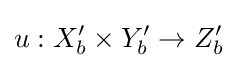
u:X'_{b}\times Y'_{b}\to Z'_{b}